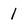
Character: 1